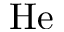
\mathrm { H e }